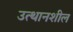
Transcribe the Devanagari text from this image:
उत्थानशील